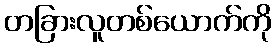
တခြားလူတစ်ယောက်ကို